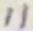
Text: 11